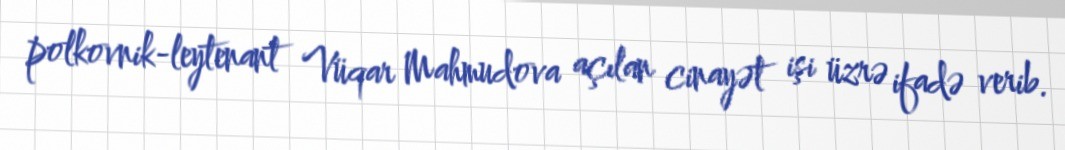
polkovnik-leytenant Vüqar Mahmudova açılan cinayət işi üzrə ifadə verib.